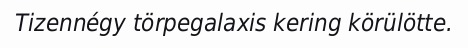
Tizennégy törpegalaxis kering körülötte.